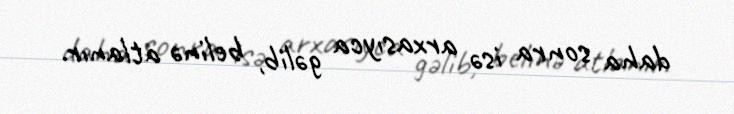
daha sonra isə arxasıyca gəlib, belinə atlanır.